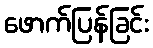
ဖောက်ပြန်ခြင်း